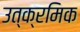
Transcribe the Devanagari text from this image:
उत्क्रमिक